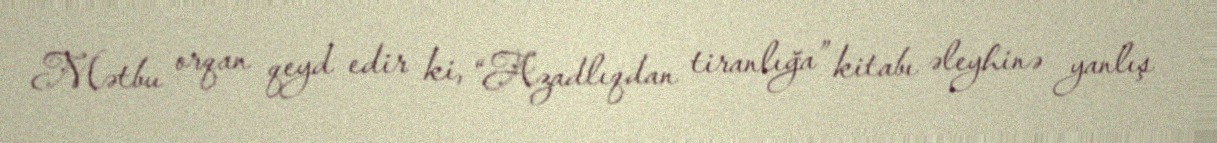
Mətbu orqan qeyd edir ki, “Azadlıqdan tiranlığa” kitabı əleyhinə yanlış